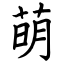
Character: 萌